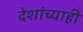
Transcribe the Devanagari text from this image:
देशांच्याही